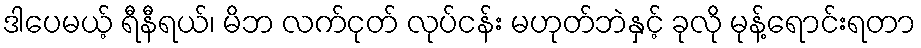
ဒါပေမယ့် ရီနီရယ်၊ မိဘ လက်ငုတ် လုပ်ငန်း မဟုတ်ဘဲနှင့် ခုလို မုန့်ရောင်းရတာ